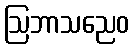
ဩဘာသညေဝ